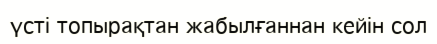
үсті топырақтан жабылғаннан кейін сол